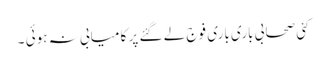
کئی صحابی باری باری فوج لے گئے پر کا میابی نہ ہوئی ۔